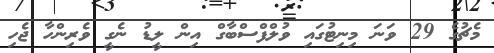
މެޗުގެ 29 ވަނަ މިނިޓުގައި ވުލްފްސްބާގް އިން ލީޑު ނެގީ ވެރިންހާ ޖެހި